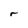
Character: r